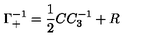
\Gamma _ { + } ^ { - 1 } = { \frac { 1 } { 2 } } C C _ { 3 } ^ { - 1 } + R